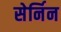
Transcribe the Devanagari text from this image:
सेर्निन